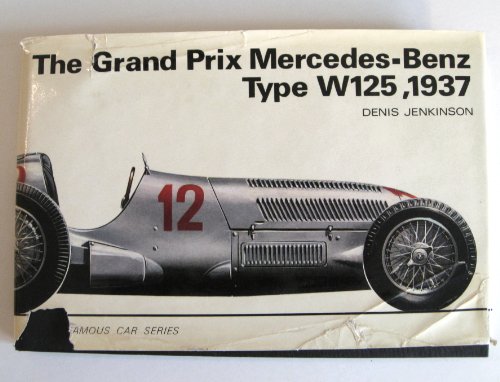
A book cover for The Grand Prix Mercedes-Benz type W125, 1937 (Arco famous car series); Denis Jenkinson; Engineering & Transportation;